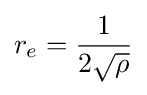
r_{e}={\frac {1}{2{\sqrt {\rho }}}}